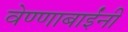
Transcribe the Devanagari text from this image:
वेण्णाबाईंनी